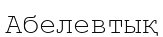
Абелевтық